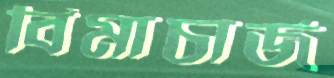
বিমাচার্জ